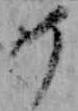
め